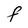
Character: F